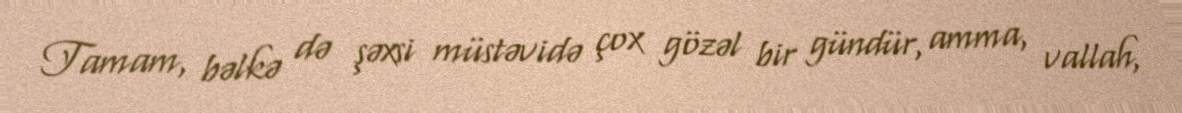
Tamam, bəlkə də şəxsi müstəvidə çox gözəl bir gündür, amma, vallah,